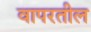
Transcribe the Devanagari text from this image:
वापरतील